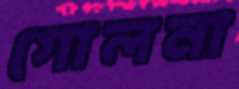
গোলনা